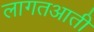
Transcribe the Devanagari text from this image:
लागतआती